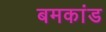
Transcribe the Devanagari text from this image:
बमकांड